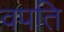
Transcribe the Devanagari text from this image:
वपति